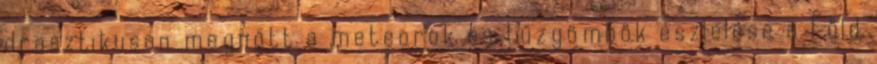
drasztikusan megnőtt a meteorok és tűzgömbök észlelése a Föld